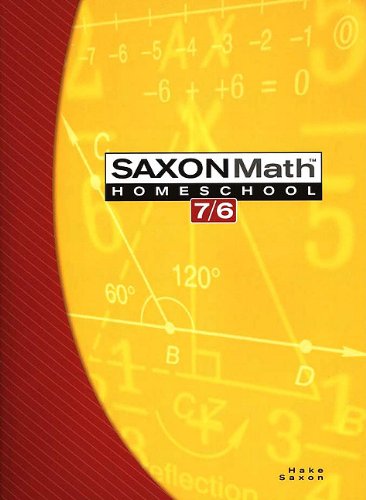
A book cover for Saxon Math 7/6: Homeschool Edition Student Text; SAXON PUBLISHERS; Education & Teaching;